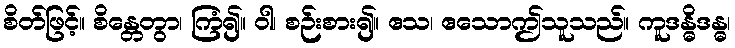
စိတ်ဖြင့်။ စိန္တေတွာ၊ ကြံ၍။ ဝါ၊ စဉ်းစား၍။ ဧသ၊ ဧသောဤသူသည်။ ကူဒန္ဓိဒန္ဓ၊